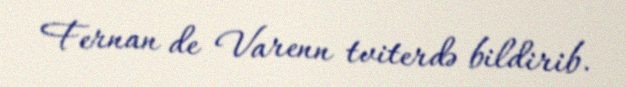
Fernan de Varenn tviterdə bildirib.